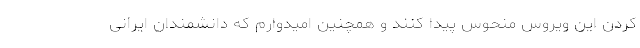
کردن این ویروس منحوس پیدا کنند و همچنین امیدوارم که دانشمندان ایرانی